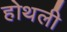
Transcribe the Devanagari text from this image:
होथली